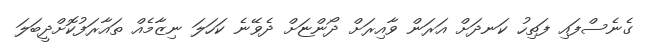
ގެނެސްފައި ފަތިހު ކަނދަށް އަރަން ވާއިރަށް ދޯންޏަށް ދެވޭނެ ކަހަލަ ނިޒާމެއް ތައާރަފުކޮށްދީބަލަ